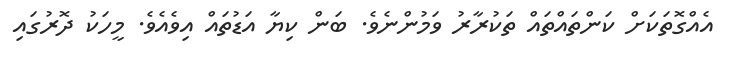
އެއްގޮތަކަށް ކަންތައްތައް ތަކުރާރު ވަމުންނެވެ. ބަން ކިޔާ އަޑުތައް އިވެއެވެ. މީހަކު ދޮރުގައި